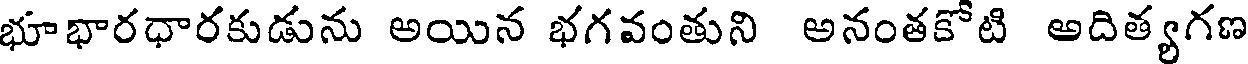
భూభారధారకుడును అయిన భగవంతుని అనంతకోటి అదిత్యగణ